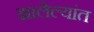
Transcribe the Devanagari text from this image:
झालेल्यांत